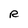
Character: R